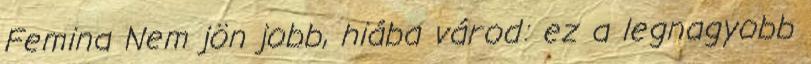
Femina Nem jön jobb, hiába várod: ez a legnagyobb